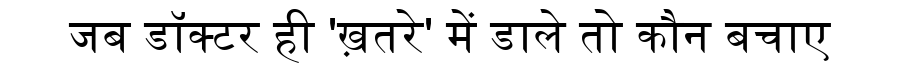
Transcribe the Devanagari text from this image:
जब डॉक्टर ही 'ख़तरे' में डाले तो कौन बचाए